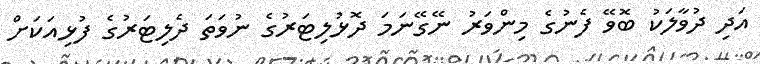
އަދި ދުވާލަކު ބޮވޭ ފެނުގެ މިންވަރު ނޭގޭނަމަ ދޮޅުލިޓަރުގެ ނުވަތަ ދެލިޓަރުގެ ފުޅިއަކަށް